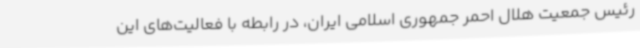
رئیس جمعیت هلال احمر جمهوری اسلامی ایران، در رابطه با فعالیت‌های این